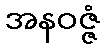
အနဝဇ္ဇံ